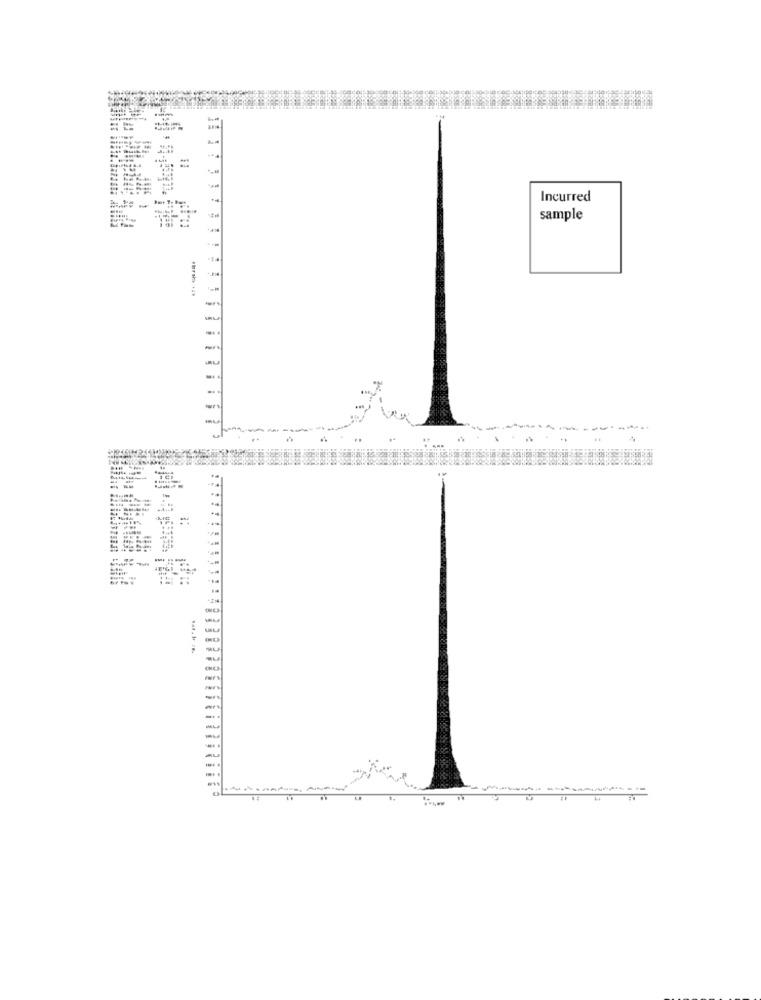
Incurred
sample
-14
₼hrsh ...
-
...
-
-
-
.. .
-
-
Bat. H /B.
-
-